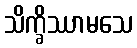
သိက္ခိဿာမသေ